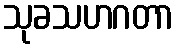
သုခသဟဂတာ